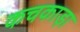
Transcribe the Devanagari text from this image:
कचकाड़ा